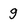
Character: g